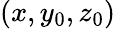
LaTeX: (x,y_{0},z_{0})